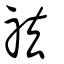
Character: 祛